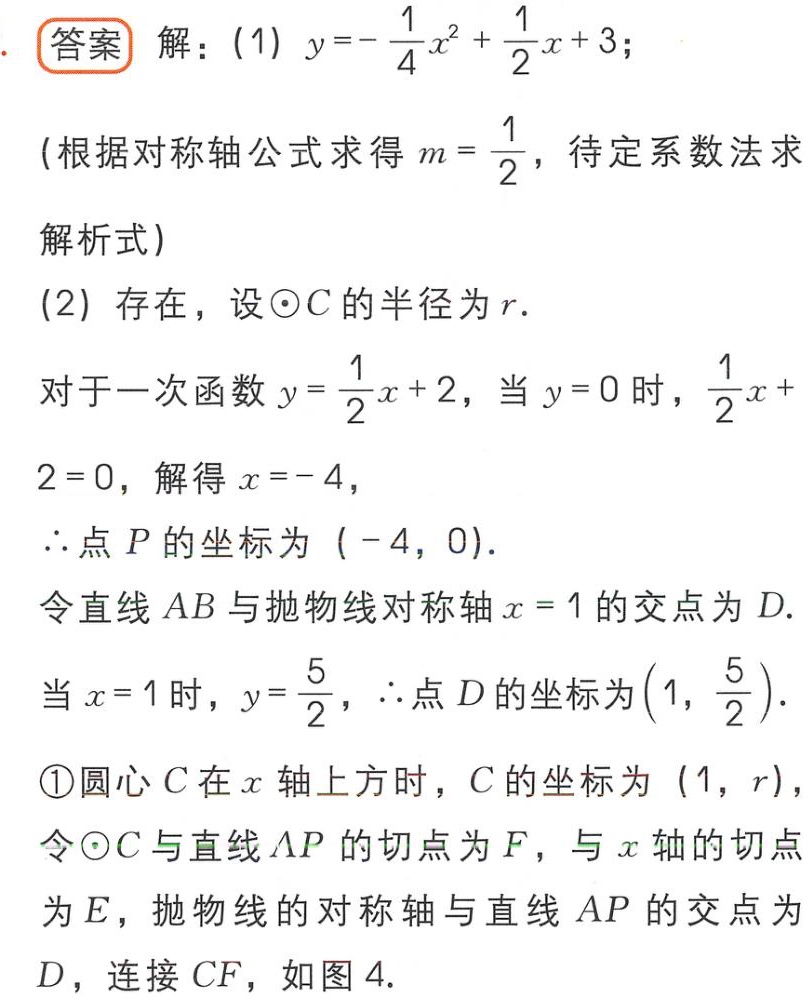
答案 解：(1) \(y = -\frac{1}{4}x^{2}+\frac{1}{2}x + 3\);
(根据对称轴公式求得 \(m=\frac{1}{2}\)，待定系数法求
解析式)
(2) 存在，设\(\odot C\)的半径为\(r\).
对于一次函数 \(y=\frac{1}{2}x + 2\)，当 \(y = 0\) 时，\(\frac{1}{2}x+\)
\(2 = 0\)，解得 \(x=-4\)，
\(\therefore\)点 \(P\) 的坐标为 \((-4,0)\).
令直线 \(AB\) 与抛物线对称轴 \(x = 1\) 的交点为 \(D\).
当 \(x = 1\) 时，\(y=\frac{5}{2}\)，\(\therefore\)点 \(D\) 的坐标为 \((1,\frac{5}{2})\).
\textcircled{1}圆心 \(C\) 在 \(x\) 轴上方时，\(C\) 的坐标为 \((1,r)\)，
令\(\odot C\)与直线 \(AP\) 的切点为 \(F\)，与 \(x\) 轴的切点
为 \(E\)，抛物线的对称轴与直线 \(AP\) 的交点为
\(D\)，连接 \(CF\)，如图4.